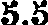
5.5